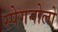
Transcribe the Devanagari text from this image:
स्पेगनोलो